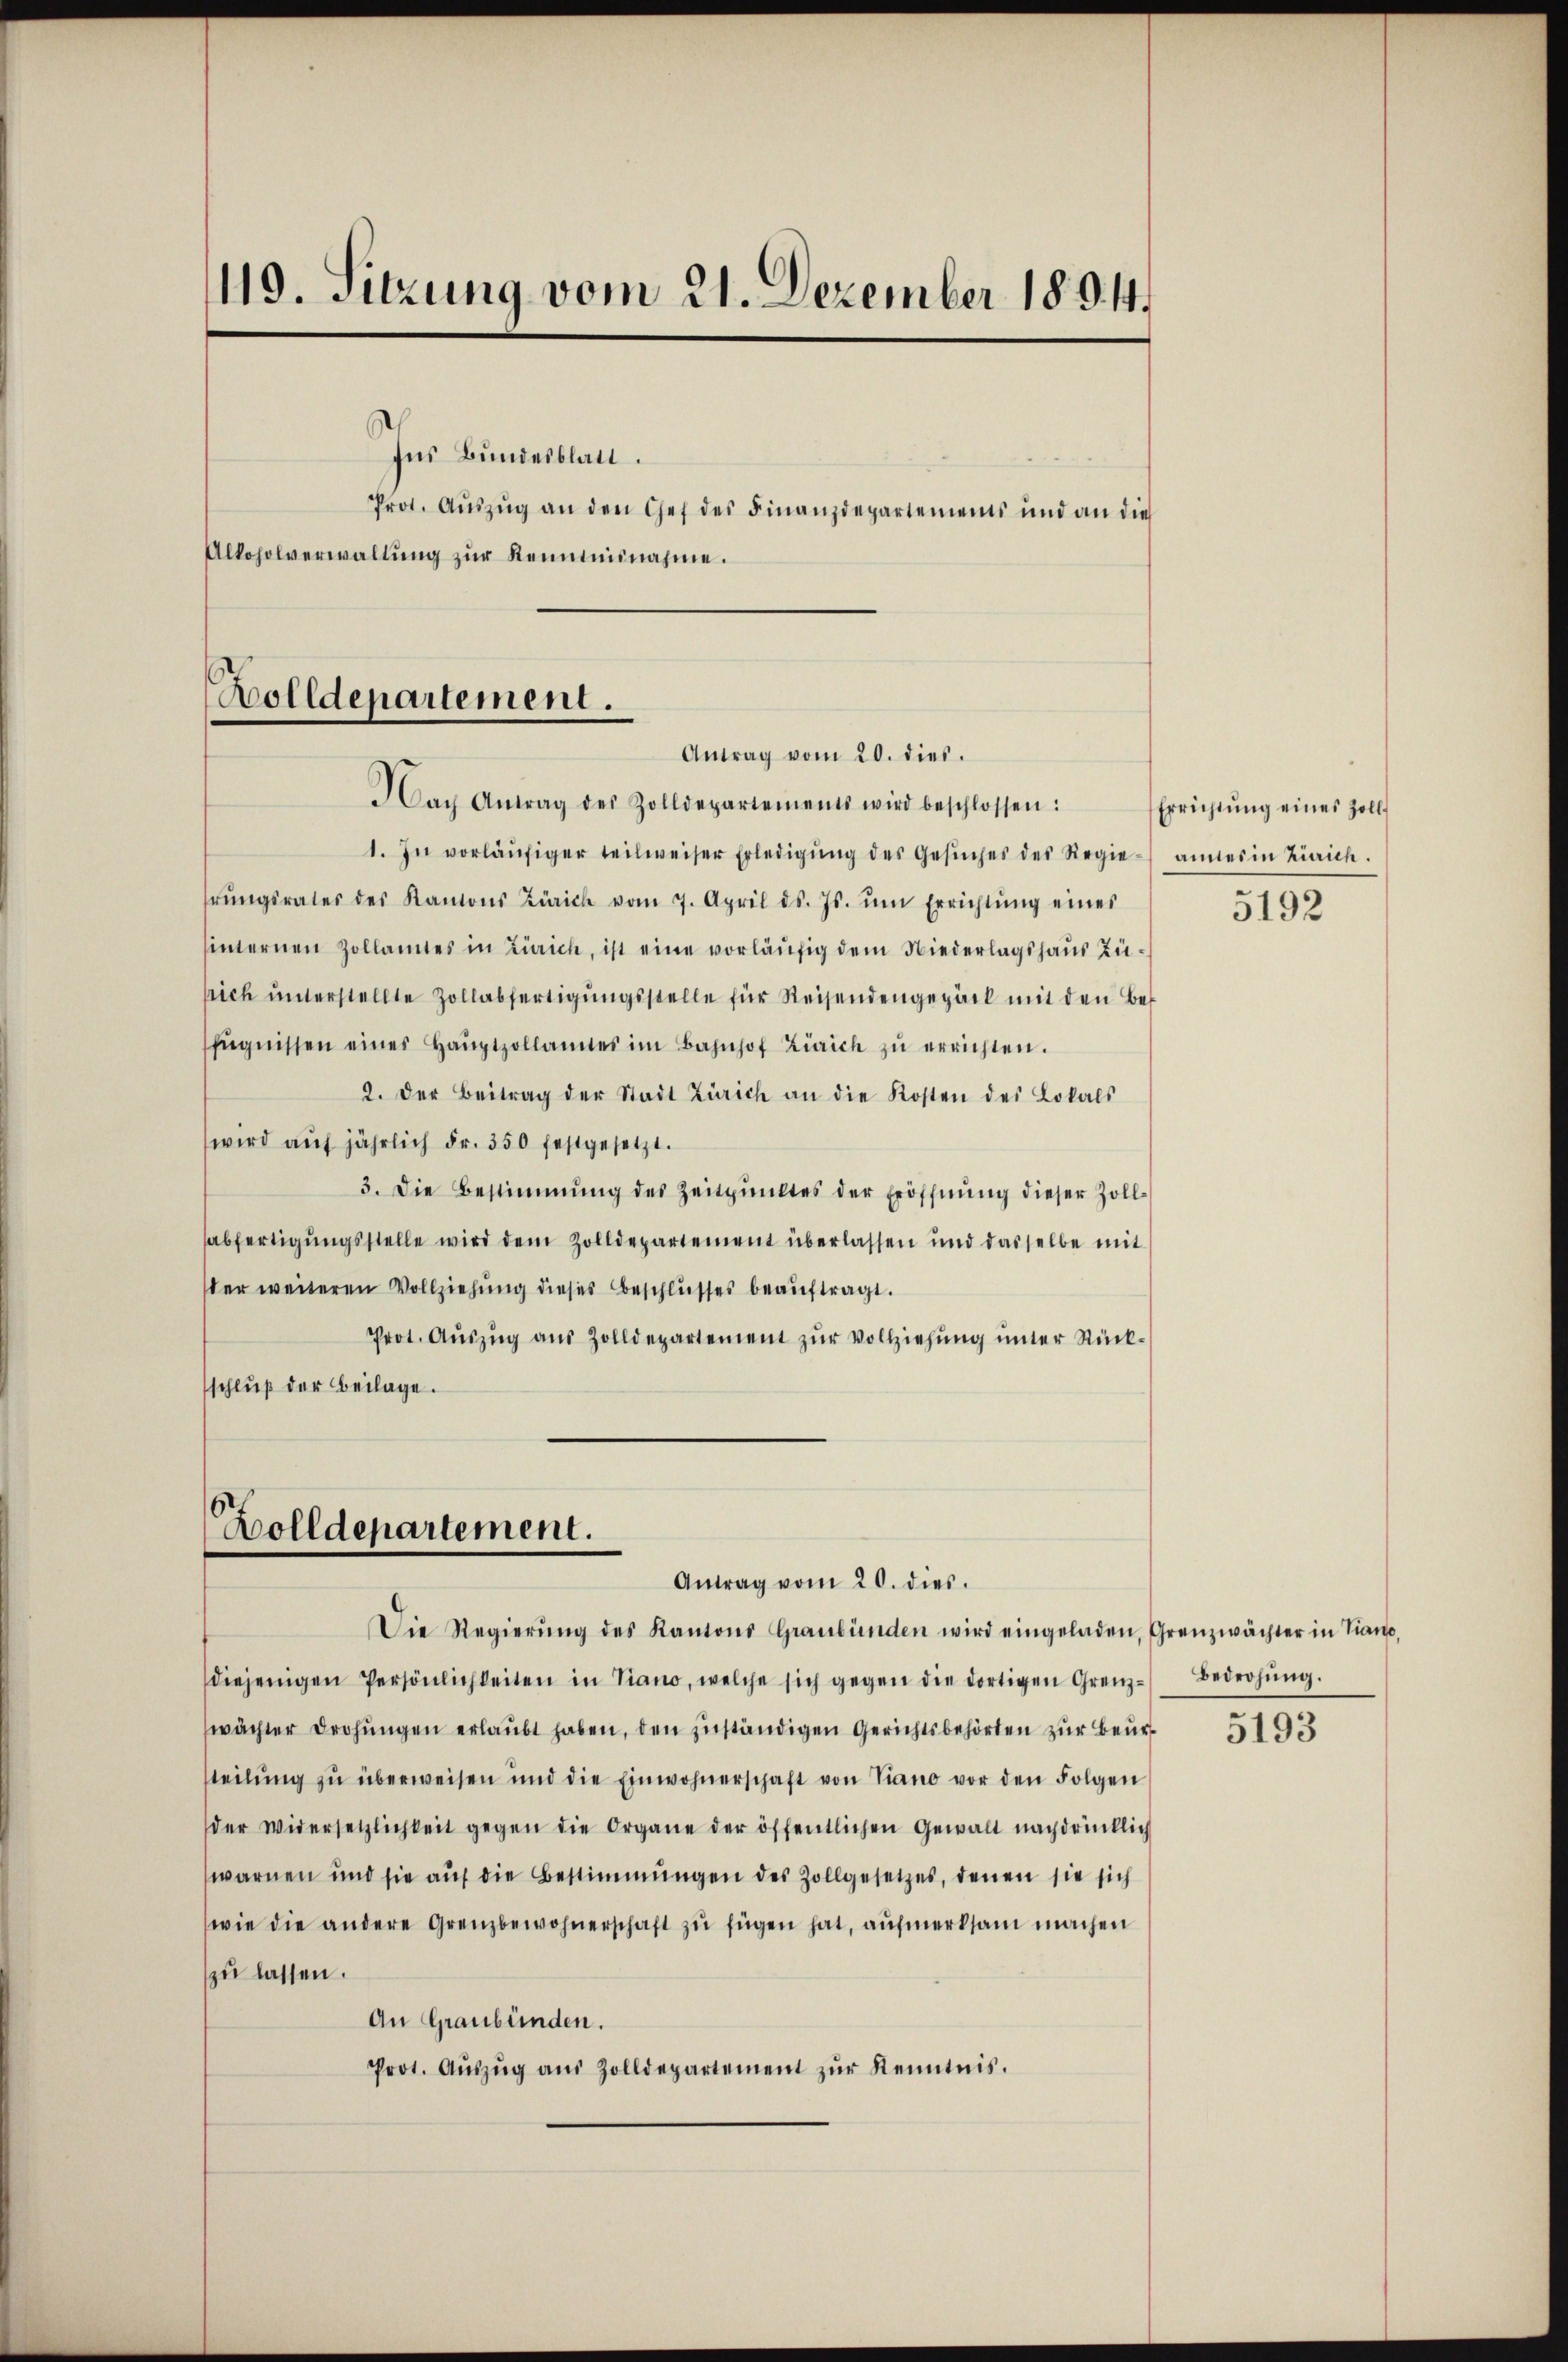
119. Sitzung vom 21. Dezember 189. 44.

Ins Bundesblatt.
Prot. Aŭszŭg an den Chef des Finanzdepartements und an die
Alkoholverwaltung zur Kenntnisnahme.

Bolldepartement.
Antrag vom 20. dies.

Dach Antrag des Zolldepartements wird beschlossen:
1. In vorläŭfiger teilweiser Erledigŭng des Gesŭches des Regie amtes in Zürich.
hrŭngsrates des Kantons Zürich vom 7. April d. Js. ŭm Errichtŭng eines
hinternen Zollamtes in Zürich, ist eine vorläufig dem Niederlagshaus Züsich unterstellte Zollabfertigŭngsstelle für Reisendengepack mit den Befŭgnissen eines Haŭptzollamtes im Bahnhof Zürich zŭ errichten.
2. Der Beitrag der Stadt Zürich an die Kosten des Lokals
wird aŭf jährlich Fr. 350 festgesetzt.
3. Die Bestimmung des Zeitpunktes der Eröffnŭng dieser Zoll-
sabfertigungsstelle wird dem Zolldepartement überlassen und dasselbe mit
der weiteren Vollziehung dieses Beschlusses beauftragt.
Prot. Aŭszŭg aŭs Zolldepartement zŭr Vollziehŭng ŭnter Rück-
schlŭβ der Beilage.

Bolldepartement.
Antrag vom 20. dies.

Die Regierŭng des Kantons Graubünden wird eingeladen, Grenzwächter in Piano,
diejenigen Persönlichkeiten in Viano, welche sich gegen die dortigen Grenz-Bedrohŭng.
wächter Drohungen erlaubt haben, den zuständigen Gerichtsbehörten zur Beursteilung zu überweisen und die Einwohnerschaft von Piano vor den Folgen
der Widersetzlichkeit gegen die Organe der öffentlichen Gewalt nachdrücklich
warnen und sie auf die Bestimmungen des Zollgesetzes, denen sie sich
wie die andere Grenzbewohnerschaft zu fügen hat, aufmerksam machen
zu lassen.
An Graubünden.
Prot. Aŭszŭg aŭs Zolldepartement zŭr Kenntnis.

Errichtung eines Zoll

5192

5193